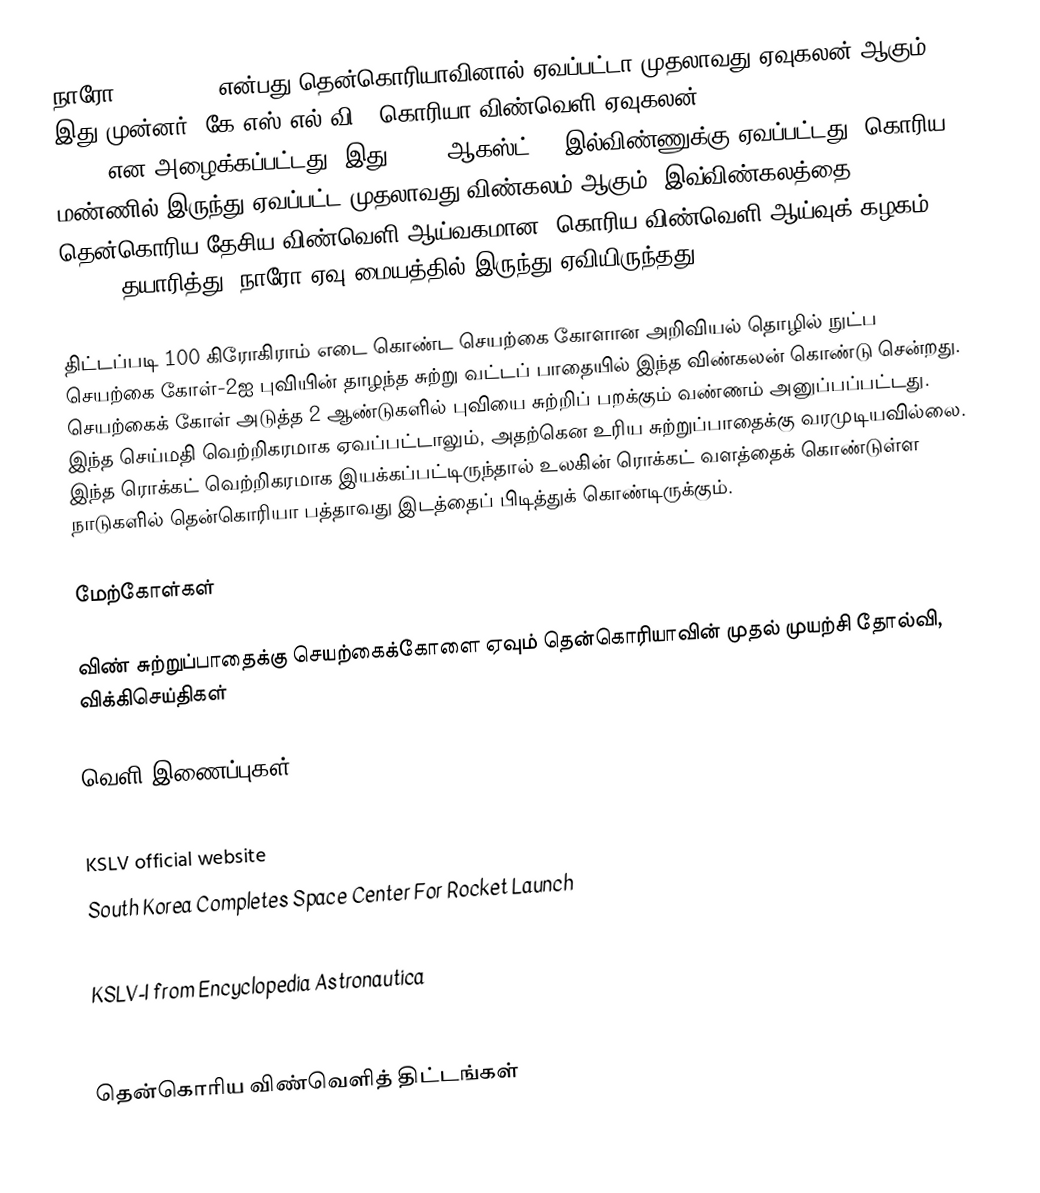
நாரோ-1 (Naro-1, என்பது தென்கொரியாவினால் ஏவப்பட்டா முதலாவது ஏவுகலன் ஆகும். இது முன்னர் "கே.எஸ்.எல்.வி" (கொரியா விண்வெளி ஏவுகலன், Korea Space Launch Vehicle, KSLV) என அழைக்கப்பட்டது. இது 2009, ஆகஸ்ட் 25 இல்விண்ணுக்கு ஏவப்பட்டது. கொரிய மண்ணில் இருந்து ஏவப்பட்ட முதலாவது விண்கலம் ஆகும். இவ்விண்கலத்தை தென்கொரிய தேசிய விண்வெளி ஆய்வகமான "கொரிய விண்வெளி ஆய்வுக் கழகம்" (KARI) தயாரித்து, நாரோ ஏவு மையத்தில் இருந்து ஏவியிருந்தது.

திட்டப்படி 100 கிரோகிராம் எடை கொண்ட செயற்கை கோளான அறிவியல் தொழில் நுட்ப செயற்கை கோள்-2ஐ புவியின் தாழந்த சுற்று வட்டப் பாதையில் இந்த விண்கலன் கொண்டு சென்றது. செயற்கைக் கோள் அடுத்த 2 ஆண்டுகளில் புவியை சுற்றிப் பறக்கும் வண்ணம் அனுப்பப்பட்டது. இந்த செய்மதி வெற்றிகரமாக ஏவப்பட்டாலும், அதற்கென உரிய சுற்றுப்பாதைக்கு வரமுடியவில்லை. இந்த ரொக்கட் வெற்றிகரமாக இயக்கப்பட்டிருந்தால் உலகின் ரொக்கட் வளத்தைக் கொண்டுள்ள நாடுகளில் தென்கொரியா பத்தாவது இடத்தைப் பிடித்துக் கொண்டிருக்கும்.

மேற்கோள்கள்

விண் சுற்றுப்பாதைக்கு செயற்கைக்கோளை ஏவும் தென்கொரியாவின் முதல் முயற்சி தோல்வி, விக்கிசெய்திகள்

வெளி இணைப்புகள்
 KARI (Korea Aerospace Research Institute)
 KSLV official website
South Korea Completes Space Center For Rocket Launch
Gov't Approves Launch of S. Korea's First Space Rocket
 KSLV-I from Encyclopedia Astronautica
 KSLV news of The Korea Times

தென்கொரிய விண்வெளித் திட்டங்கள்